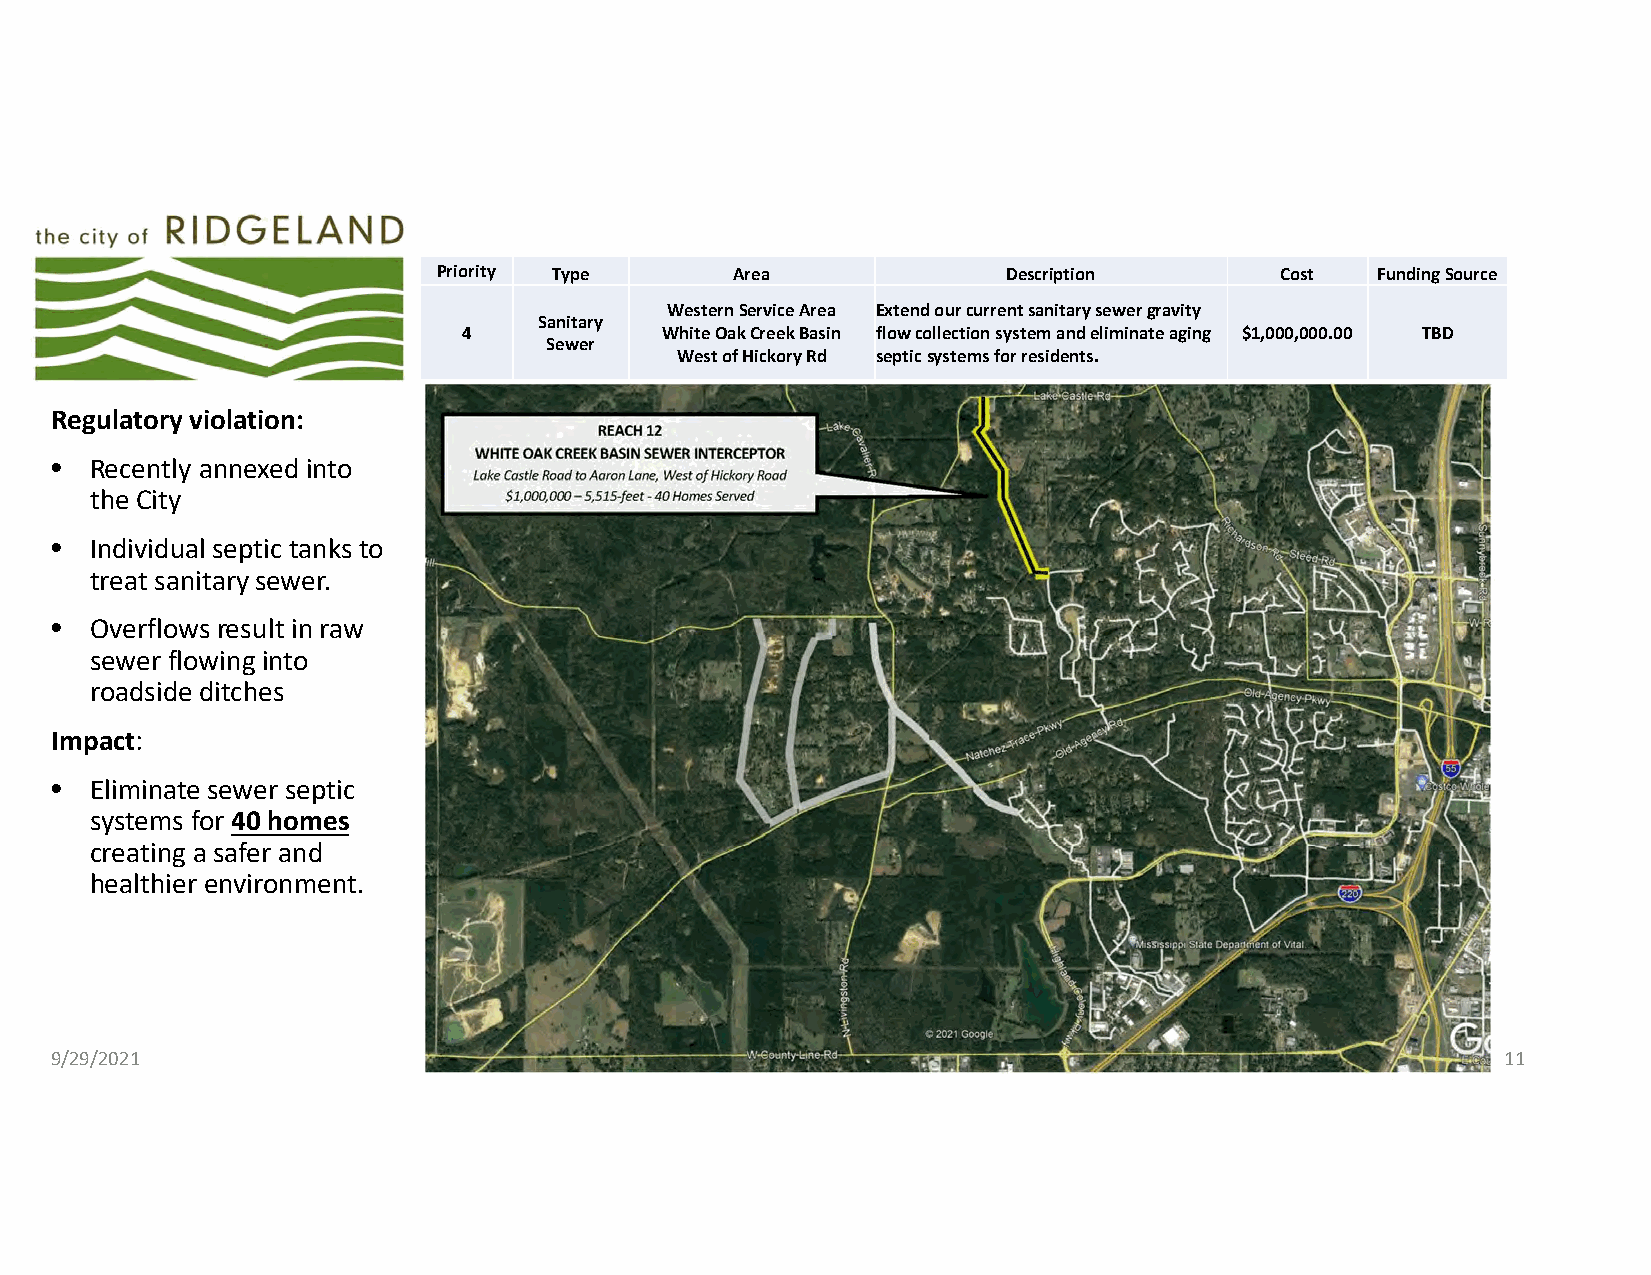
Priority Type       Area              Description       Cost  Funding Source
 Western Service Area Extend our current sanitary sewer gravity
 Sanitary
 4            White Oak Creek Basin flow collectionsystem and eliminate aging $1,000,000.00 TBD
 Sewer
 West of Hickory Rd septic systems for residents.
 Regulatory violation:
 •  Recently annexed into
 the City
 •  Individual septic tanks to
 treat sanitary sewer.
 •  Overflows result in raw
 sewer flowing into
 roadside ditches
 Impact:
 •  Eliminate sewer septic
 systems for 40 homes
 creating a safer and
 healthier environment.
 9/29/2021                                                                                        11